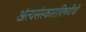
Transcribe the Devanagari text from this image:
अंत्यसंस्काराविषयीची